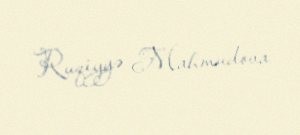
Ruqiyyə Mahmudova